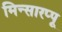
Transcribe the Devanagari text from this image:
मिन्सारप्पू